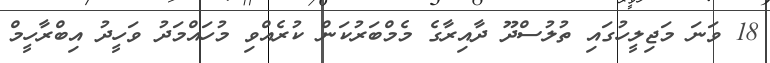
18 ވަނަ މަޖިލީހުގައި ތުލުސްދޫ ދާއިރާގެ މެމްބަރުކަން ކުރެއްވި މުހައްމަދު ވަހީދު އިބްރާހީމް